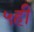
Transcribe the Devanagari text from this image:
५ही